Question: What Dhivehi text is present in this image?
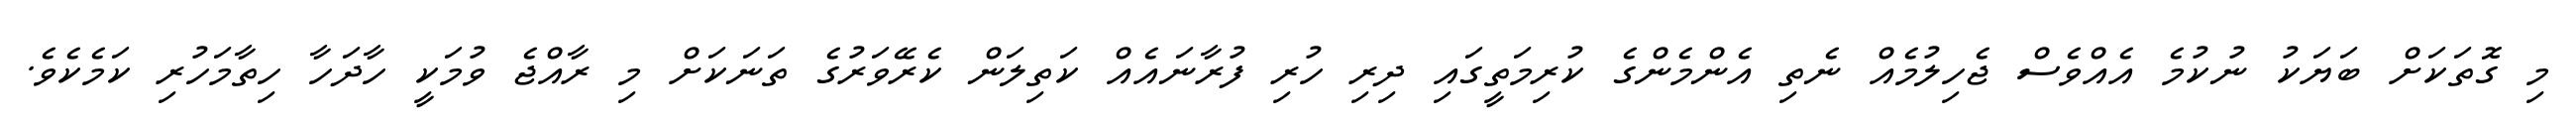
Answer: މި ގޮތަކަށް ބަޔަކު ނުކުމެ އެއްވެސް ޖެހިލުމެއް ނެތި އެންމެންގެ ކުރިމަތީގައި ދިރި ހުރި ފުރާނައެއް ކަތިލަން ކެރޭވަރުގެ ތަނަކަށް މި ރާއްޖެ ވުމަކީ ހާދަހާ ހިތާމަހުރި ކަމެކެވެ.